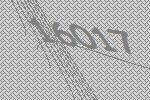
16017